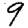
Digit: 9